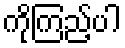
ကိုကြည့်ပါ